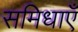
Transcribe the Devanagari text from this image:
समिधाएँ